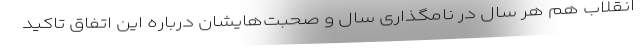
انقلاب هم هر سال در نامگذاری سال و صحبت‌هایشان درباره این اتفاق تاکید